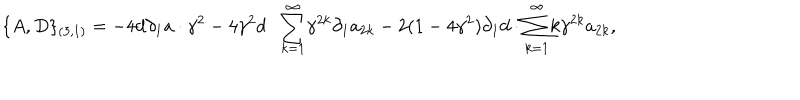
LaTeX: \{ A , D \} _ { ( 3 , 1 ) } = - 4 d { \partial } _ { 1 } a \cdot { \gamma } ^ { 2 } - 4 { \gamma } ^ { 2 } d \cdot { \sum _ { k = 1 } ^ { \infty } } { \gamma } ^ { 2 k } { \partial } _ { 1 } a _ { 2 k } - 2 ( 1 - 4 { \gamma } ^ { 2 } ) { \partial } _ { 1 } d \cdot { \sum _ { k = 1 } ^ { \infty } } k { \gamma } ^ { 2 k } a _ { 2 k } ,